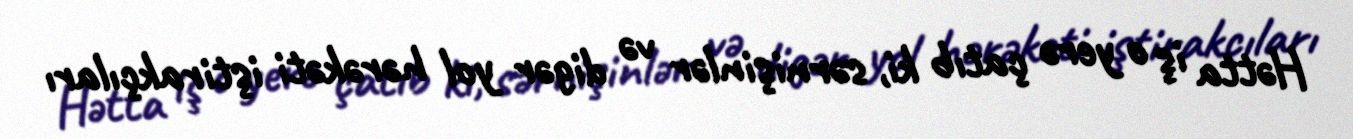
Hətta iş o yerə çatıb ki, sərnişinlər və digər yol hərəkəti iştirakçıları